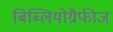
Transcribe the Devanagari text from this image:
बिब्लियोग्रैफीज